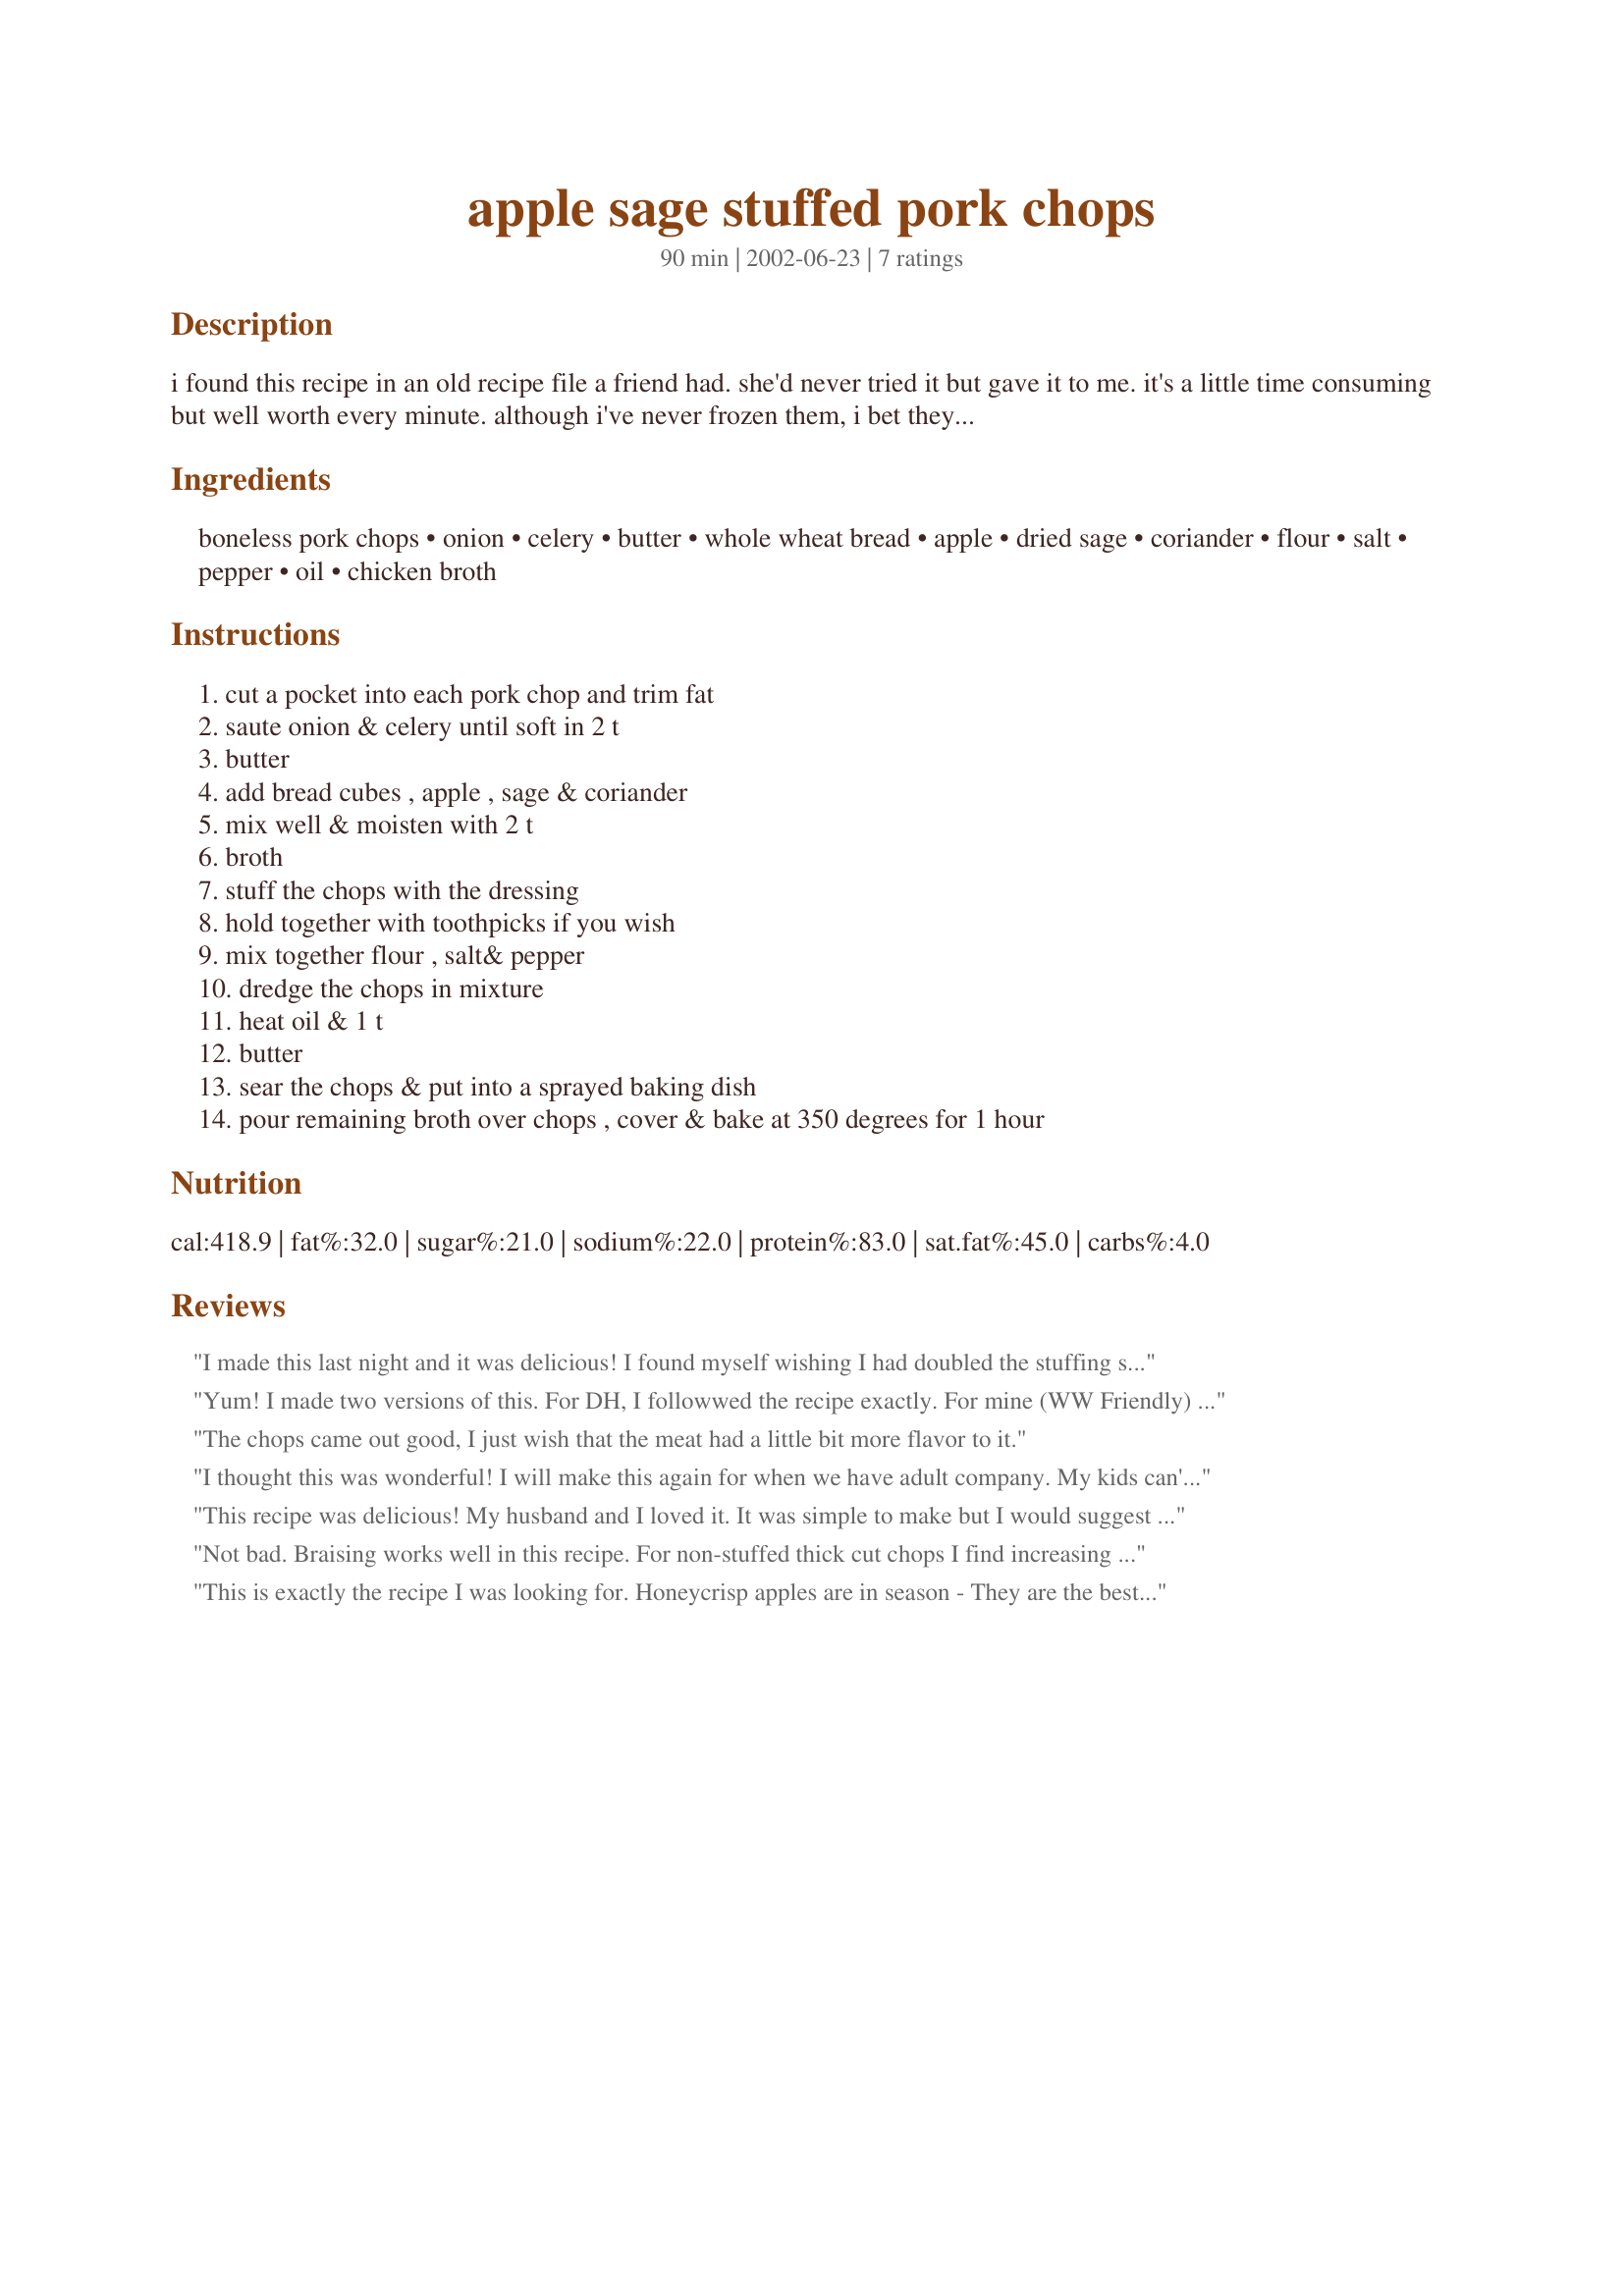
apple sage stuffed pork chops
Preparation time: 90 minutes

i found this recipe in an old recipe file a friend had. she'd never tried it but gave it to me. it's a little time consuming but well worth every minute. although i've never frozen them, i bet they'd keep well for a quick dinner as this is easily doubled or tripled. this dish is a big hit with my family and friends. i usually make extra dressing for a side dish.

Ingredients:
boneless pork chops, onion, celery, butter, whole wheat bread, apple, dried sage, coriander, flour, salt, pepper, oil, chicken broth

Steps:
cut a pocket into each pork chop and trim fat, saute onion & celery until soft in 2 t, butter, add bread cubes , apple , sage & coriander, mix well & moisten with 2 t, broth, stuff the chops with the dressing, hold together with toothpicks if you wish, mix together flour , salt& pepper, dredge the chops in mixture, heat oil & 1 t, butter, sear the chops & put into a sprayed baking dish, pour remaining broth over chops , cover & bake at 350 degrees for 1 hour

Reviews:
I made this last night and it was delicious! I found myself wishing I had doubled the stuffing so that we could have had extra. I served it with a dried fig vinaigrette that I am posting and it was wonderful. The chops were moist and flavorful and the dressing added a really special touch. Thanks!
Yum! I made two versions of this. For DH, I followwed the recipe exactly. For mine (WW Friendly) I skipped steps #7 - #10 and just put my chop directly in the oven. A great taste, DH and I both enjoyed them. I served them with roasted Brussel Sprouts and sauteed mushrooms.
The chops came out good, I just wish that the meat had a little bit more flavor to it.
I thought this was wonderful! I will make this again for when we have adult company. My kids can't appreciate a good meal like this one until they get older. This was pretty easy to prepare also which is an added bonus. Thanks so much for posting!
This recipe was delicious! My husband and I loved it. It was simple to make but I would suggest doubling this recipe.
Not bad. Braising works well in this recipe. For non-stuffed thick cut chops I find increasing the temperature to 400 and reducing the time to 30-35 minutes works best. I really like ground coriander but it&#039;s overpowering in this recipe. The second time I made this I omitted the coriander and doubled the sage. I always brine the chops overnight in Kittencal&#039;s Basic Buttermilk Brine for Pork Chops - just personal preference.
This is exactly the recipe I was looking for. Honeycrisp apples are in season - They are the best apples ever!!! I skipped steps #7-10.
They were SOOO GOOD !!!! I made extra stuffing and put that in and around the pork chops and added extra broth so it would not dry out. The chops were tender and the stuffing was YUMMY !!!!! I will be making these again. Thank you Suellen for sharing your recipe
